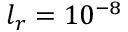
l _ { r } = 1 0 ^ { - 8 }